Mental hospitals Bombay report 1921-28 - 1921-1928
Year: 1921
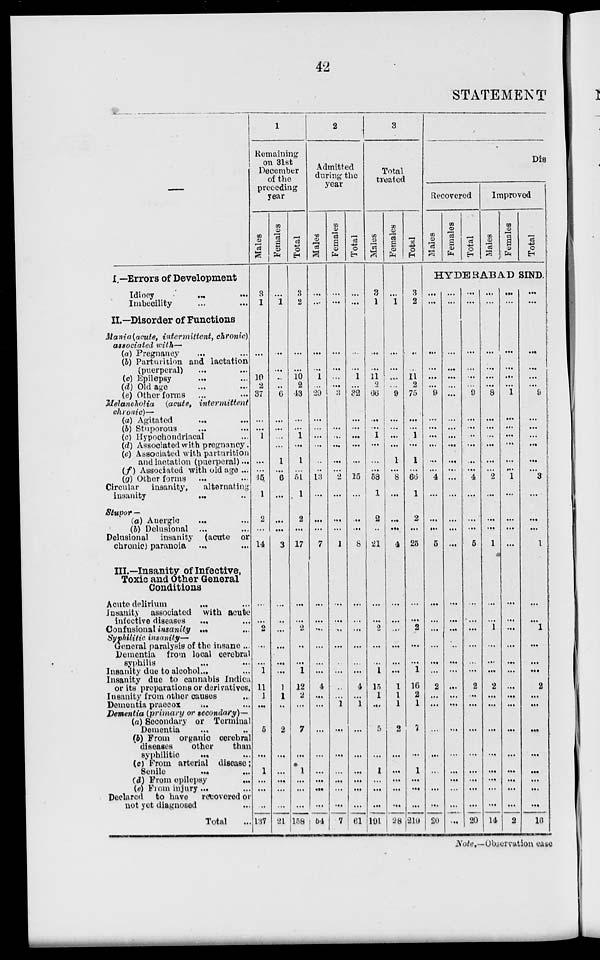
42
STATEMENT
—
I —Errors of Development
Idiocy ... ...
Imbecility ... ...
II.—Disorder of Functions
Mania (acute, intermittent, chronic)
associated with—
(a) Pregnancy ... ...
(b) Parturition and lactation
(puerperal) ... ...
(c) Epilepsy ... ...
(d) Old age ... ...
(e) Other forms ... ...
Melancholia (acute,
intermittent
chronic)—
(a) Agitated ... ...
(b) Stuporous ... ...
(c) Hypochondriacal ...
(d) Associated with pregnancy.
(c) Associated with parturition
and lactation (puerperal) ...
(f) Associated with old age ...
(g) Other forms ... ...
Circular insanity,
alternating
insanity
...
...
Stupor —
(a) Anergic ... ...
(b) Delusional ... ...
Delusional insanity (acute or
chronic) paranoia
... ...
III.—Insanity of Infective,
Toxic and Other General
Conditions
Acute delirium
...
...
Insanity associated with acute
infective diseases ... ...
Confusional insanity ... ...
Syphilitic insanity—
General paralysis of the insane ...
Dementia from local cerebral
syphilis ... ...
Insanity due to alcohol ... ...
Insanity due to cannabis Indica
or its preparations or derivatives.
Insanity from other causes ...
Dementia praecox ... ...
Dementia (primary or secondary)—
(a) Secondary or Terminal
Dementia ... ...
(b) From organic cerebral
diseases
other
than
syphilitic ... ...
(c) From arterial disease;
Senile
...
...
(d) From epilepsy ...
(e) From injury ... ...
Declared to have
recovered or
not yet diagnosed ...
Total ...
1
Remaining
on 31st
December
of the
preceding
year
Males
3
1
...
...
10
2
37
...
...
1
...
...
...
45
1
2
...
14
...
...
2
...
...
1
11
1
...
5
...
1
...
...
...
137
Females
...
1
...
...
...
..
6
...
...
...
...
1
...
6
...
...
...
3
...
...
...
...
...
...
1
1
...
2
...
...
...
...
...
21
Total
3
2
...
...
10 2
43
...
...
1
...
1
...
51
1
2
...
17
...
...
2
...
...
1
12
2
...
7
...
1
...
...
...
158
2
Admitted
during the
year
Males
...
...
...
...
1
...
29
...
...
...
...
...
..
13
...
...
...
7
...
...
...
...
...
...
4
...
...
...
...
...
...
...
...
54
Females
...
...
...
...
...
...
3
...
...
...
...
...
...
2
...
...
...
1
...
...
...
...
...
...
...
...
1
...
...
...
...
...
...
7
Total
...
...
...
...
1
...
32
...
...
...
...
...
...
15
...
...
...
8
...
...
...
...
...
...
4
...
1
...
...
...
...
...
...
61
3
Total
treated
Males
3
1
...
...
11
2
66
...
...
1
...
...
...
58
1
2
..
21
...
...
2
...
...
1
15
1
...
5
...
1
...
...
...
191
Females
...
1
...
...
...
...
9
...
...
...
...
1
...
8
...
...
...
4
...
...
...
...
...
...
1
1
1
2
...
...
...
...
...
28
Total
3
2
...
...
11
2
75
...
...
1
...
1
...
66
1
2
...
25
...
...
2
...
...
1
16
2
1
7
...
1
...
...
...
219
Die
Recovered
Males
Females
Total
Improved
Males
Females
Total
HYDERABAD SIND.
...
...
...
...
...
...
9
...
...
...
...
...
...
4
...
...
...
5
...
...
...
...
...
...
2
...
...
...
...
...
...
...
...
20
...
...
...
...
...
...
...
...
...
...
...
...
...
...
...
...
...
...
...
...
...
...
...
...
...
...
...
...
...
...
...
...
...
...
...
...
...
...
...
...
9
...
...
...
...
...
...
4
...
...
...
5
...
...
...
...
...
...
2
...
...
...
...
...
...
...
...
20
...
...
...
...
...
...
8
...
...
...
...
...
...
2
...
...
...
1
...
...
1
...
...
...
2
...
...
...
...
...
...
...
...
14
...
...
...
...
...
...
1
...
...
...
...
...
...
1
...
...
...
...
...
...
...
...
...
...
...
...
...
...
...
...
...
...
...
2
...
...
...
...
...
...
9
...
...
...
...
...
...
3
...
...
...
1
...
...
1
...
...
...
2
...
...
...
...
...
...
...
...
16
Note.—Observation case